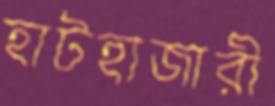
হাটহাজারী